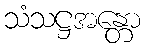
သံသဋ္ဌအန္တော